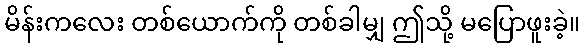
မိန်းကလေး တစ်ယောက်ကို တစ်ခါမျှ ဤသို့ မပြောဖူးခဲ့။